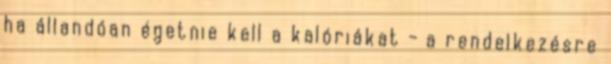
ha állandóan égetnie kell a kalóriákat - a rendelkezésre